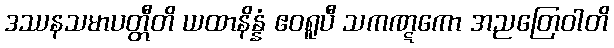
ဒဿနသမာပတ္တီတိ ယထာနိန္နံ ဧဝရူပီ သကဏ္ဋကော အညတြေဝါတိ